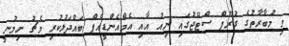
މި މުބާރާތުގެ ގުރޫޕް ސްޓޭޖުގައި ނިއު އާއި އެމްއެންޑީއެފް ބައްދަލުކުރި މެޗު ނިމުނީ